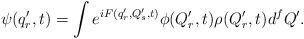
\begin{align*}\psi(q'_r,t)=\int e^{ iF(q'_r, Q'_s,t) } \phi(Q'_r,t) \rho(Q'_r,t) d^f Q'.\end{align*}